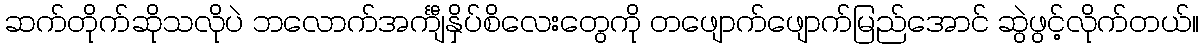
ဆက်တိုက်ဆိုသလိုပဲ ဘလောက်အင်္ကျီနှိပ်စိလေးတွေကို တဖျောက်ဖျောက်မြည်အောင် ဆွဲဖွင့်လိုက်တယ်။